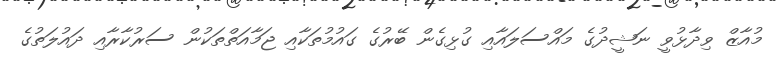
މުއާޒް ވިދާޅުވީ ނަޝީދުގެ މައްސަލައާއި ގުޅިގެން ބޭރުގެ ގައުމުތަކާއި ޖަމާއަތްތަކުން ސަރުކާރާއި ދައުލަތުގެ